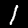
Label: 1